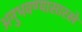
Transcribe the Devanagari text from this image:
अनुभवण्यासारखे